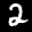
Label: 2